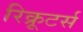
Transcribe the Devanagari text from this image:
रिक्रूटर्स